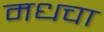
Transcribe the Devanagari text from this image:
मधचा